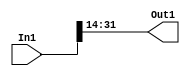
module controllerHdl_Convert_Data_Type_block
          (
           In1,
           Out1
          );


  input   signed [31:0] In1;  // sfix32_En22
  output  signed [17:0] Out1;  // sfix18_En8


  wire signed [17:0] Data_Type_Conversion_out1;  // sfix18_En8


  // <S32>/Data Type Conversion
  assign Data_Type_Conversion_out1 = In1[31:14];



  assign Out1 = Data_Type_Conversion_out1;

endmodule